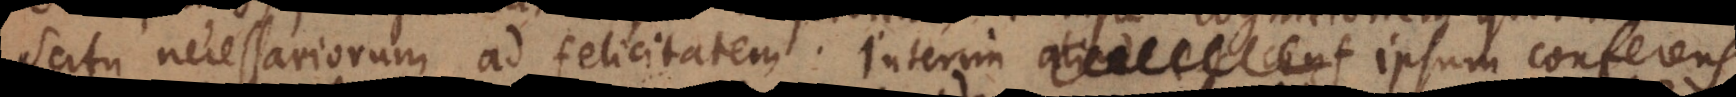
scitu necessariorum ad felicitatem. Interim ipsum conferens